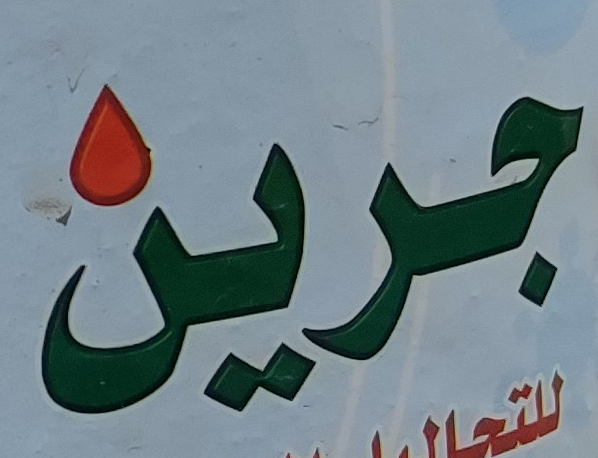
جرين